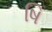
ષિ